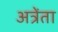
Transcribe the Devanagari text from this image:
अत्रेंता